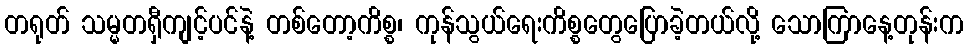
တရုတ် သမ္မတရှီကျင့်ပင်နဲ့ တစ်တော့ကိစ္စ၊ ကုန်သွယ်ရေးကိစ္စတွေပြောခဲ့တယ်လို့ သောကြာနေ့တုန်းက